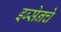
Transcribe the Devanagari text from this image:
इब्सेनचे